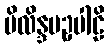
မိလိန္ဒပဥှပါဠိ